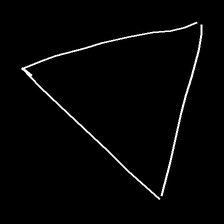
Glyph: convergence